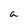
Character: a